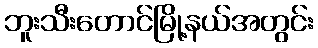
ဘူးသီးတောင်မြို့နယ်အတွင်း